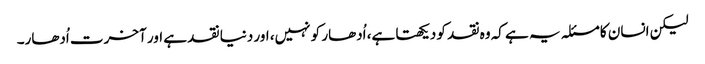
لیکن انسان کا مسئلہ یہ ہے کہ وہ نقد کو دیکھتا ہے، اُدھار کو نہیں، اور دنیا نقد ہے اور آخرت اُدھار۔